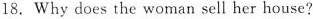
18.Whydoes the woman sell her house?